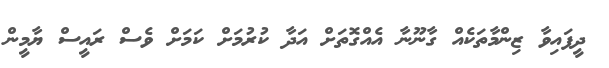
ދީފައިވާ ޒިންމާތަކެއް ގާނޫނާ އެއްގޮތަށް އަދާ ކުރުމަށް ކަމަށް ވެސް ރައީސް ޔާމީން